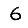
Digit: 6